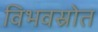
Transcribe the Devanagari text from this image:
विभवस्रोत